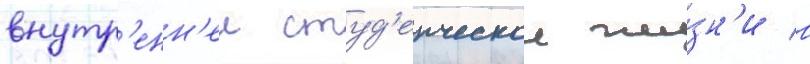
внутр'енн'еи студ'енческои жи́зн'и в